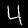
Digit: 4